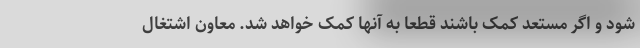
شود و اگر مستعد کمک باشند قطعا به آنها کمک خواهد شد. معاون اشتغال